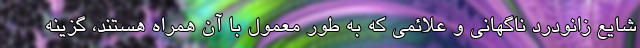
شایع زانودرد ناگهانی و علائمی که به طور معمول با آن همراه هستند، گزینه